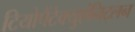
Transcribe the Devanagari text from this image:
टियोपैंटेक्युएंनिट्लन